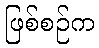
ဖြစ်စဉ်က